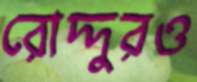
রোদ্দুরও